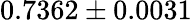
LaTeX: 0.7362\pm 0.0031